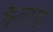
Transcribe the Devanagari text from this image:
कैलाया